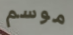
موسم